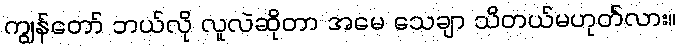
ကျွန်တော် ဘယ်လို လူလဲဆိုတာ အမေ သေချာ သိတယ်မဟုတ်လား။